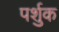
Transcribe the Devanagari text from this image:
पर्शुक